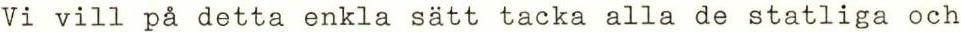
Vi vill på detta enkla sätt tacka alla de statliga och